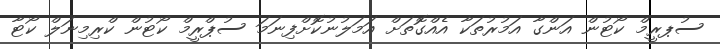
ސުޕރީމް ކޯޓުން އަންގާ އަމުރުތަކާ އެއްގޮތަށް އަމަލުނުކޮށްފިނަމަ ސުޕްރީމް ކޯޓުން ކްރިމިނަލް ކޯޓާ